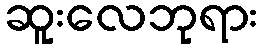
ဆူးလေဘုရား